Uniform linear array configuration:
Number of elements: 24
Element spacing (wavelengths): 0.25
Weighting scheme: hamming
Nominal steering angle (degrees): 0
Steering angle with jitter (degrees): -0.1541
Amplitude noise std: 0.05
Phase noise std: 0.05

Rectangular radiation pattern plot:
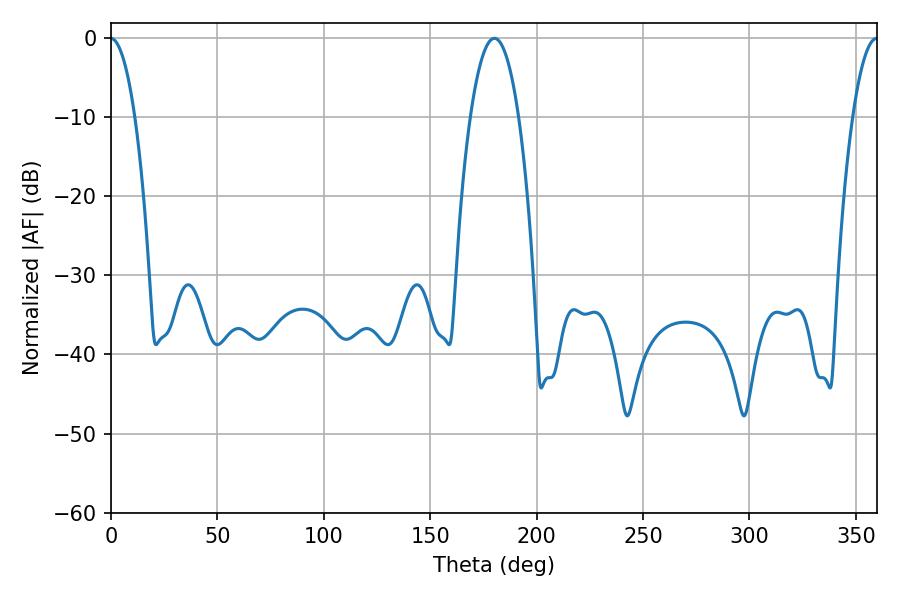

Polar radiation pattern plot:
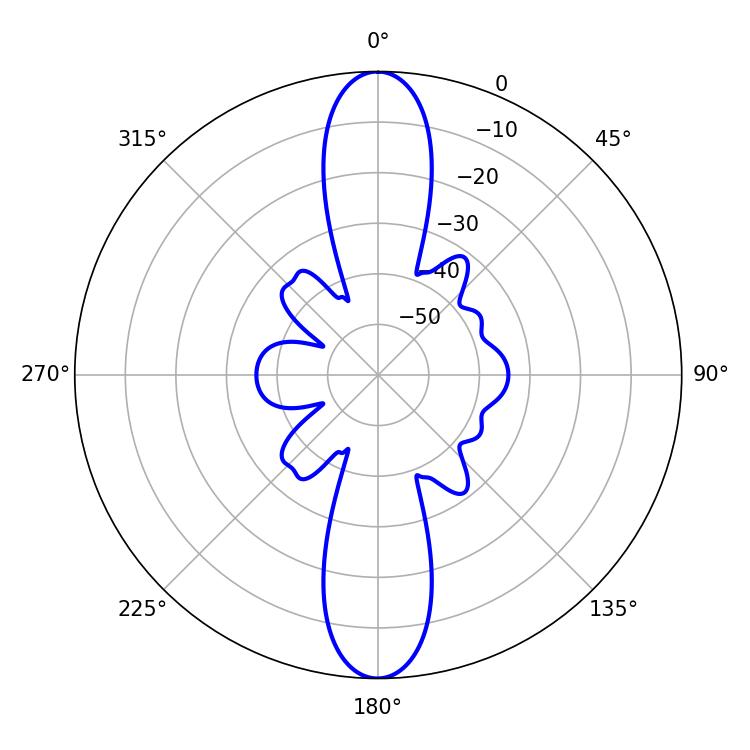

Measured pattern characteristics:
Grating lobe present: FALSE
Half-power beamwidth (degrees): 12.6
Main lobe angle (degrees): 180.18